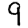
Digit: 9